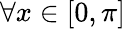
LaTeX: \forall x\in[0,\pi]